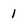
Character: 1